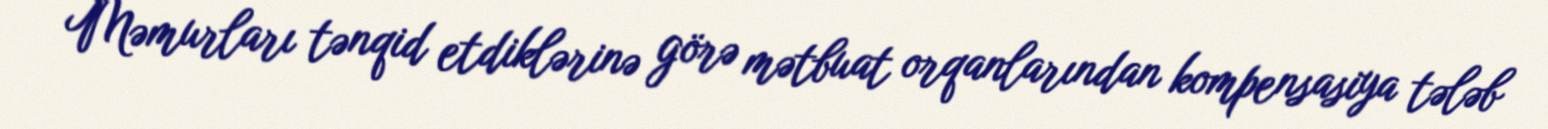
Məmurları tənqid etdiklərinə görə mətbuat orqanlarından kompensasiya tələb